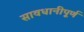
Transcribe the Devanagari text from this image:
सावधानीपूर्ण